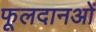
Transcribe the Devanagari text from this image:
फूलदानओं